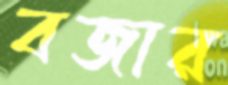
বজার